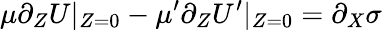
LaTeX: \mu\partial_{Z}U\vert_{Z=0}-\mu^{\prime}\partial_{Z}U^{\prime}\vert_{Z=0}=\partial_{X}\sigma